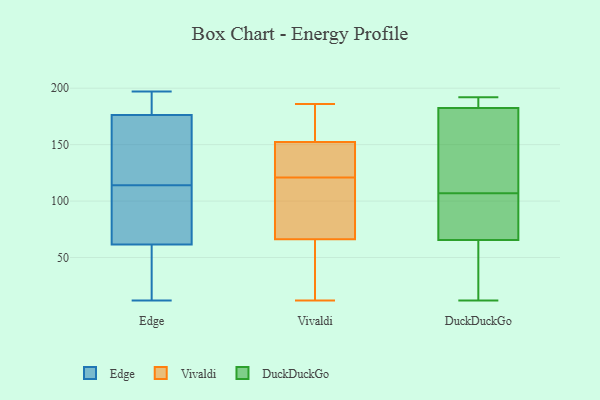
{"axis": {"x": "Gross Profit (USD K)", "y": "Value"}, "legend": ["DuckDuckGo", "Edge", "Vivaldi"], "data": [{"x": "", "y": 153, "type": "Edge"}, {"x": "", "y": 197, "type": "Edge"}, {"x": "", "y": 50, "type": "Edge"}, {"x": "", "y": 156, "type": "Edge"}, {"x": "", "y": 114, "type": "Edge"}, {"x": "", "y": 96, "type": "Edge"}, {"x": "", "y": 183, "type": "Edge"}, {"x": "", "y": 12, "type": "Edge"}, {"x": "", "y": 97, "type": "Edge"}, {"x": "", "y": 188, "type": "Edge"}, {"x": "", "y": 31, "type": "Edge"}, {"x": "", "y": 52, "type": "Vivaldi"}, {"x": "", "y": 186, "type": "Vivaldi"}, {"x": "", "y": 133, "type": "Vivaldi"}, {"x": "", "y": 144, "type": "Vivaldi"}, {"x": "", "y": 165, "type": "Vivaldi"}, {"x": "", "y": 28, "type": "Vivaldi"}, {"x": "", "y": 121, "type": "Vivaldi"}, {"x": "", "y": 175, "type": "Vivaldi"}, {"x": "", "y": 148, "type": "Vivaldi"}, {"x": "", "y": 71, "type": "Vivaldi"}, {"x": "", "y": 76, "type": "Vivaldi"}, {"x": "", "y": 108, "type": "Vivaldi"}, {"x": "", "y": 12, "type": "Vivaldi"}, {"x": "", "y": 190, "type": "DuckDuckGo"}, {"x": "", "y": 170, "type": "DuckDuckGo"}, {"x": "", "y": 63, "type": "DuckDuckGo"}, {"x": "", "y": 50, "type": "DuckDuckGo"}, {"x": "", "y": 12, "type": "DuckDuckGo"}, {"x": "", "y": 74, "type": "DuckDuckGo"}, {"x": "", "y": 175, "type": "DuckDuckGo"}, {"x": "", "y": 102, "type": "DuckDuckGo"}, {"x": "", "y": 192, "type": "DuckDuckGo"}, {"x": "", "y": 68, "type": "DuckDuckGo"}, {"x": "", "y": 112, "type": "DuckDuckGo"}, {"x": "", "y": 191, "type": "DuckDuckGo"}]}